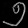
Digit: ၅